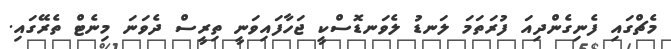
މެޗްގައި ފެނިގެންދިއަ ފުރަތަމަ ލަނޑު ލެވަނޑޮސްކީ ޖަހާފައިވަނީ ތިރީސް ދެވަނަ މިނެޓް ތެރޭގައި.